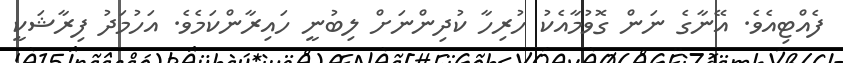
ފެއްޓިއެވެ. އޭނާގެ ނަން ގޮވުމާއެކު ހުރިހާ ކުދިންނަށް ލިބުނީ ހައިރާންކަމެވެ. އަހުމަދު ފިރާޝަކީ